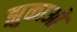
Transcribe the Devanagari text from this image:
झुकाओ